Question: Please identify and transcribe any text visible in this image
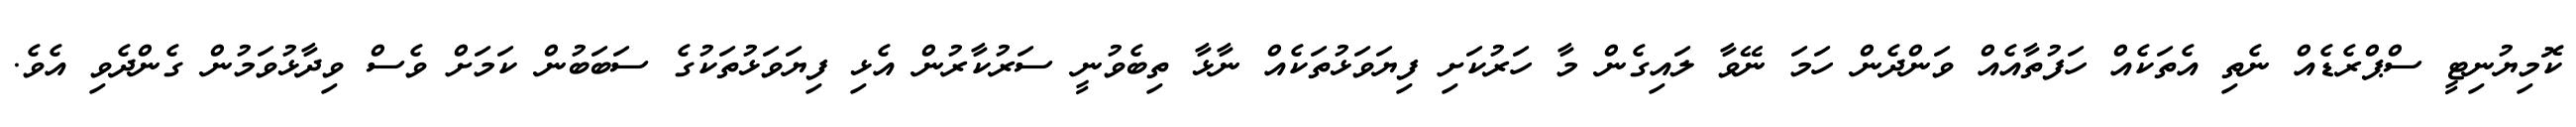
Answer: ކޮމިޔުނިޓީ ސްޕްރެޑެއް ނެތި އެތަކެއް ހަފުތާއެއް ވަންދެން ހަމަ ނޭވާ ލައިގެން މާ ހަރުކަށި ފިޔަވަޅުތަކެއް ނާޅާ ތިބެވުނީ ސަރުކާރުން އެޅި ފިޔަވަޅުތަކުގެ ސަބަބުން ކަމަށް ވެސް ވިދާޅުވަމުން ގެންދެވި އެވެ.